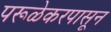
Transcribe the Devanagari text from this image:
परूळेकरपासून